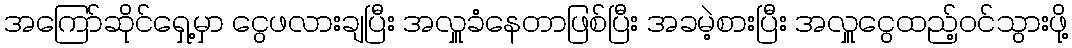
အကြော်ဆိုင်ရှေ့မှာ ငွေဖလားချပြီး အလှူခံနေတာဖြစ်ပြီး အခမဲ့စားပြီး အလှူငွေထည့်ဝင်သွားဖို့